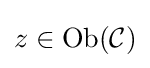
z\in {\text{Ob}}({\mathcal {C}})